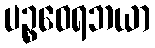
ပဉ္စဝေရဘယာ